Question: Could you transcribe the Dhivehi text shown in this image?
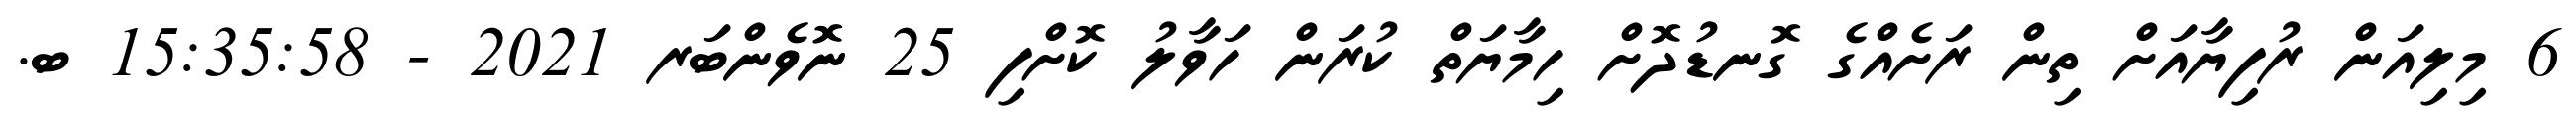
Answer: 6 މިލިއަން ރުފިޔާއަށް ތިން ރަށެއްގެ ގޮނޑުދޮށް ހިމާޔަތް ކުރަން ހަވާލު ކޮށްފި 25 ނޮވެންބަރ 2021 - 15:35:58 ބ.